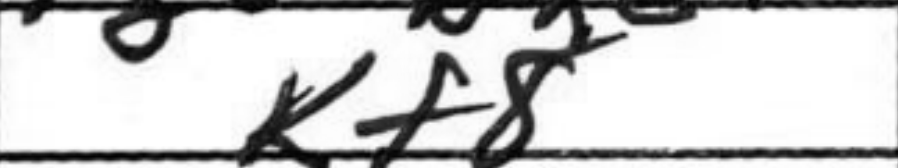
Transcription: Kf8